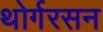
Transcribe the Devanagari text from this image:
थोर्गरसन